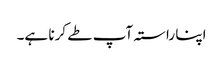
اپنا راستہ آپ طے کرنا ہے۔